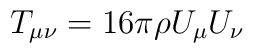
T_{\mu \nu} = 16 \pi \rho U_{\mu} U_{\nu}